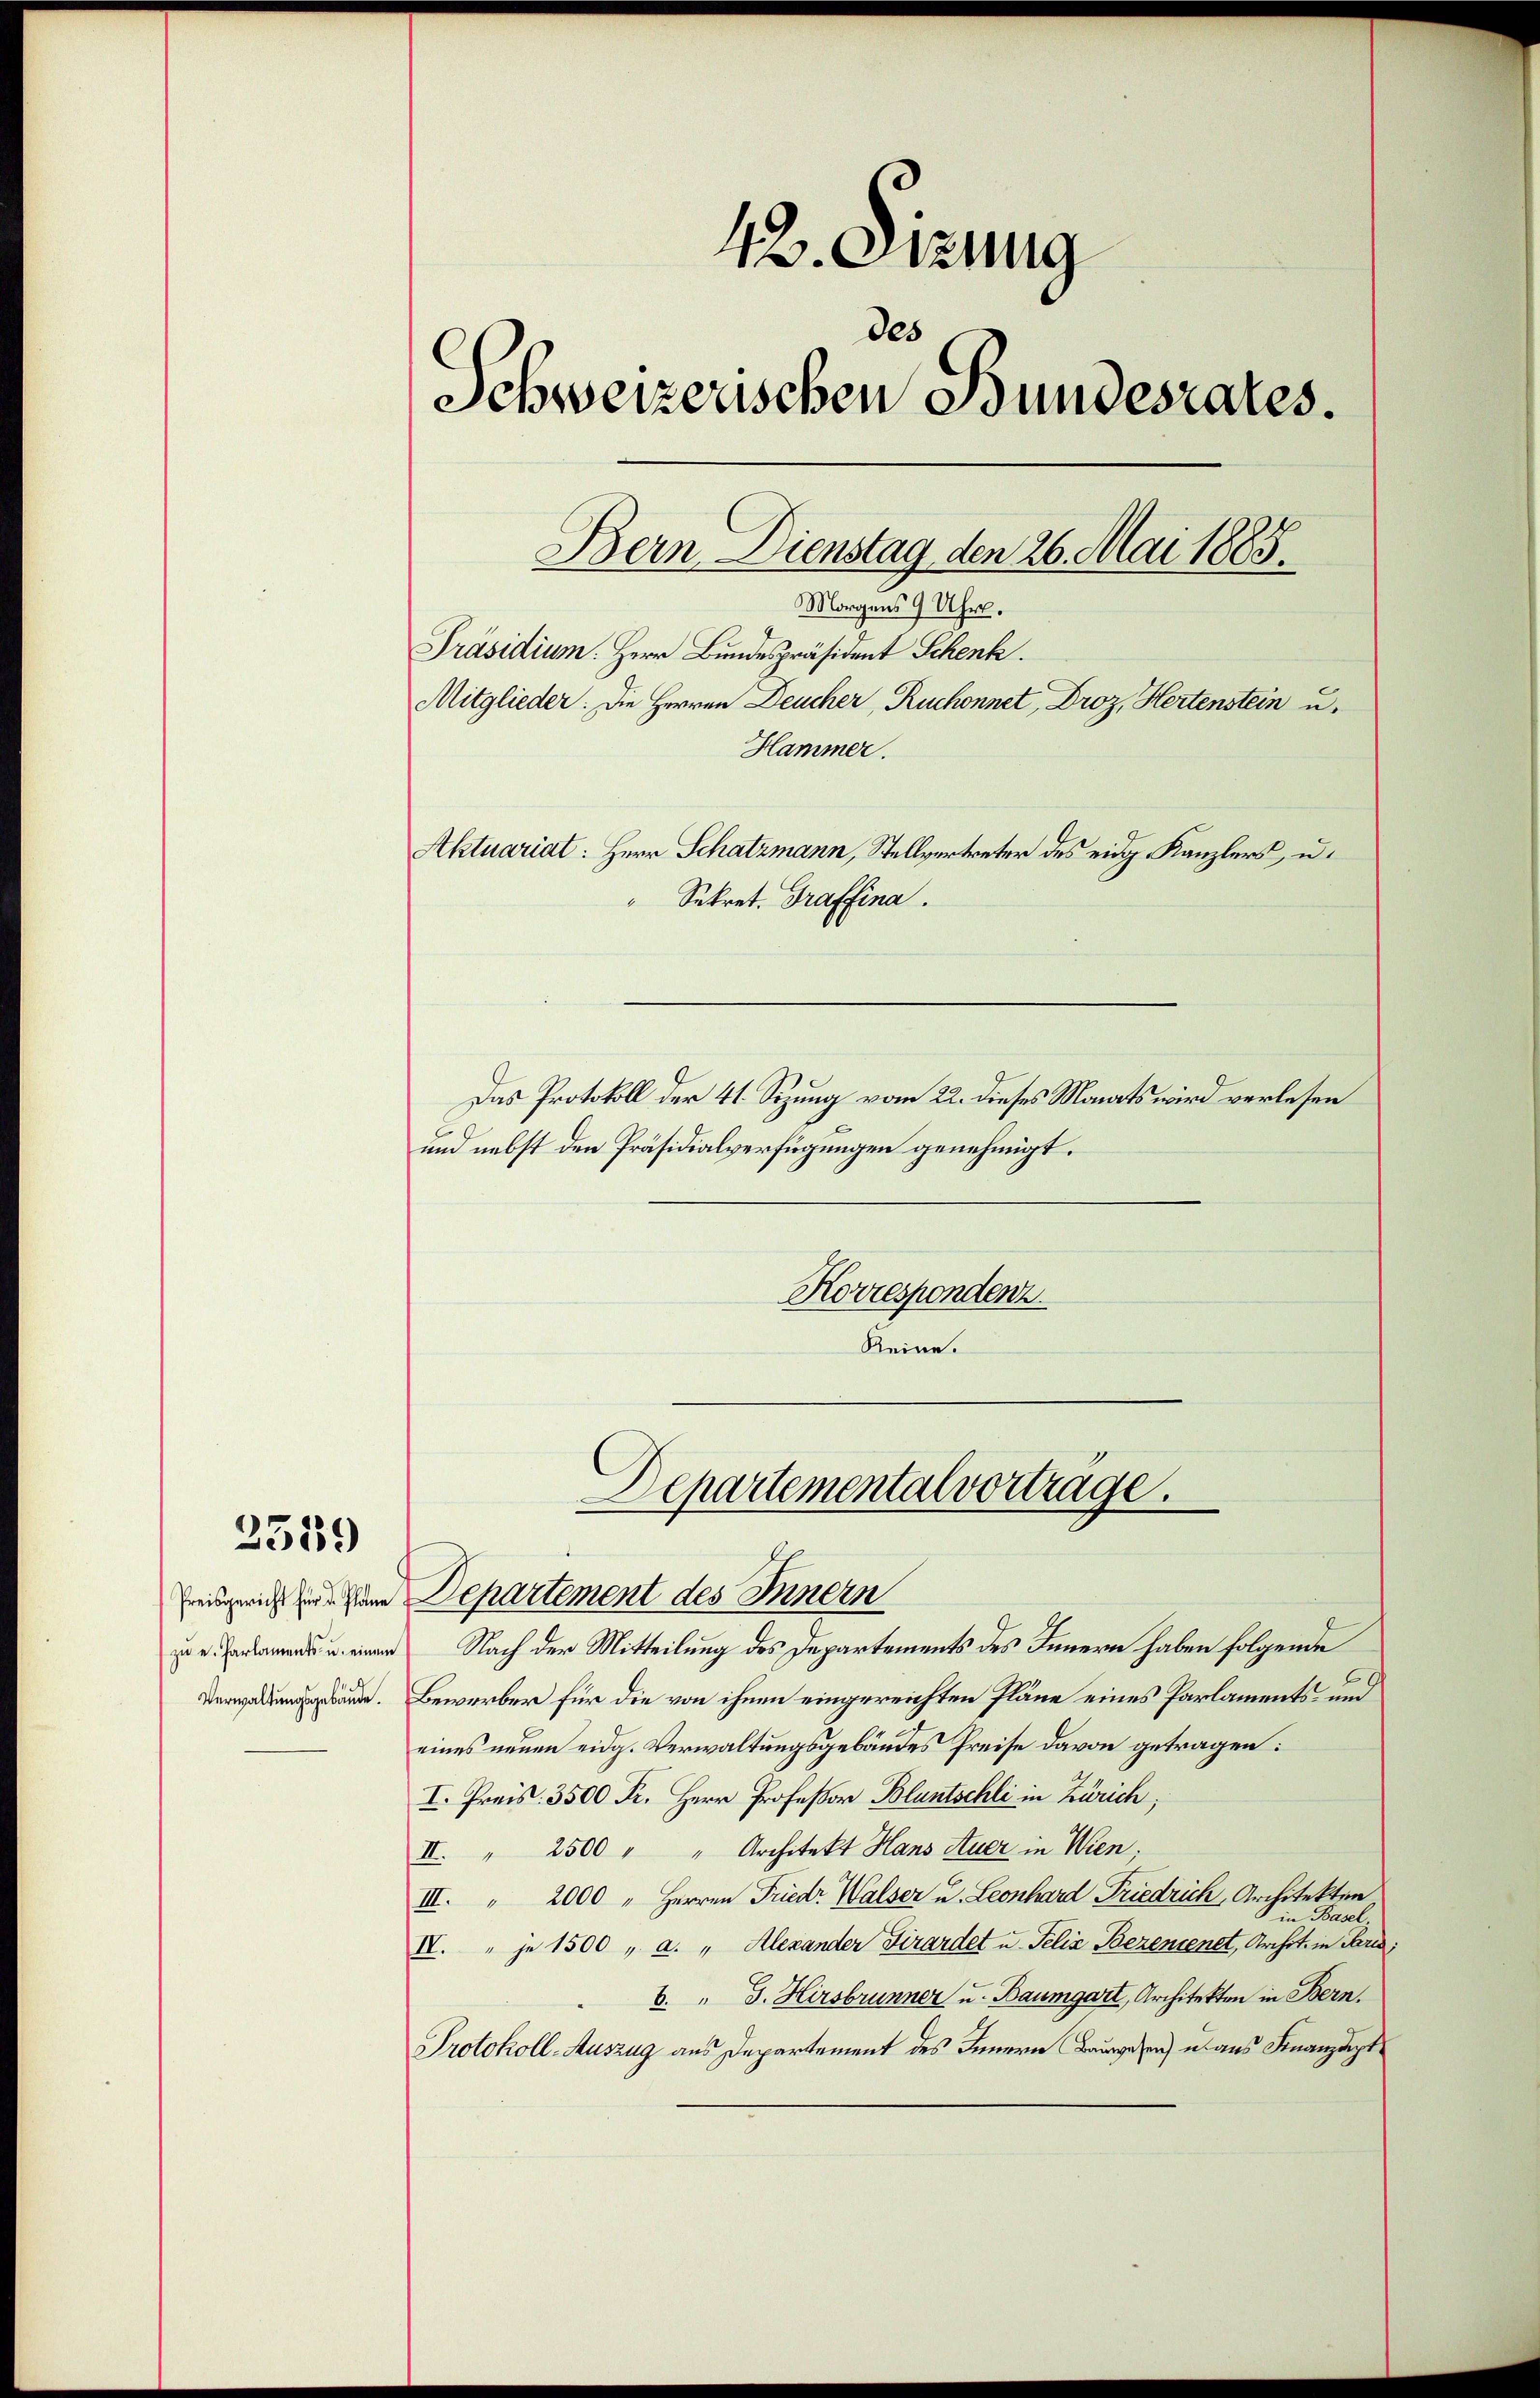
2539

zu u. Harlaments- u. einem
Verwaltungsgebäude.

12. Sizung
des
Schweizerischen Bundesrates.
Bern Dienstag den 26. Mai 1885.
Präsidium. Herr Bundespräsident Schenk.
Mitglieder: Die Herren Deucher, Ruchonnet, Droz, Hertenstein u.
Hammer.
Aktuariat: Herr Schatzmann, Stellvertreter des eidg. Kanzlers, u.
Sekret. Graffina.
Das Protokoll der 41. Sizung vom 22. dieses Monats wird verlesen

und nebst den Präsidialverfügungen genehmigt.
Korrespondenz
Reine.

Morgens 9 Uhr.

Departemental vortrage.
Freisgericht zu seine Departement des Innern

Nach der Mitteilung des Departements des Innern haben folgende
Bewerber für die von ihnen eingereichten Pläne eines Parlaments- und
eines neuen eidg. Verwaltungsgebäudes Preise davon getragen:
I. Preis: 3500 Fr. Herr Professor Bluntschli in Zürich;
II. " 2500 " " Architekt Hans Auer in Wien.
III. " 2000 " Herren Friedr. Walser u. Leonhard Friedrich, Architekten
Basel.
5
X. " je 1500 " a. " Alexander Girardet u. Felix Bezenienet, Archit. in Paris,
6. " J. Hirsbrunner u. Baumgart, Architekten in Bern,
Protokoll-Auszug aus Departement des Innern Bauwesen) u. aus Finanzdept